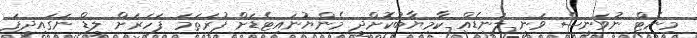
މިނެޓް ނުވަނީސް ވަނީ ލަނޑެއް ކާމިޔާބުކޮށްދީ މެންޔުނައިޓެޑަށް ފުރަތަމަ ފަހަރަށް ލީޑް ނަގައިދީފަ